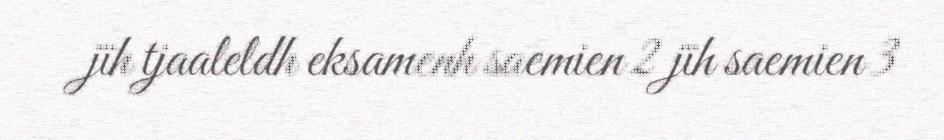
jïh tjaaleldh eksamenh saemien 2 jïh saemien 3